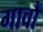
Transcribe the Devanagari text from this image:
गावौं